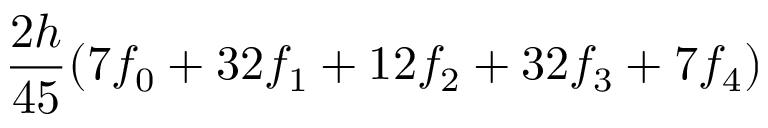
{ \frac { 2 h } { 4 5 } } ( 7 f _ { 0 } + 3 2 f _ { 1 } + 1 2 f _ { 2 } + 3 2 f _ { 3 } + 7 f _ { 4 } )